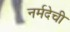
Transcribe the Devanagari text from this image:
नर्मदेची